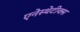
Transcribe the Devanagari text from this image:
एनेस्थेटीक्स